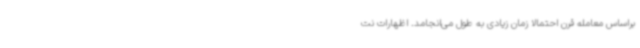
براساس معامله قرن احتمالا زمان زیادی به طول می‌انجامد. اظهارات نت